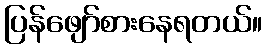
ပြန်ဖျော်စားနေရတယ်။